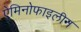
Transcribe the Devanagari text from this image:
ऐमिनोफाइलीन